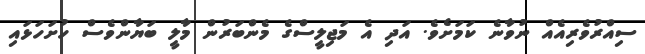
ސިއްރުވެރިއެއް ނުވާނެ ކަމަށެވެ. އަދި އެ މަޖިލީސްގެ މެންބަރުން މާލީ ބަޔާންވެސް ހުށަހަޅައި